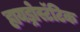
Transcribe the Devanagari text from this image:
हायड्रोस्टॅटिक